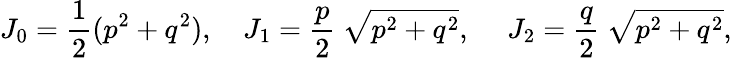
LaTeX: J_{0}=\frac{1}{2}(p^{2}+q^{2}),~~~~J_{1}=\frac{p}{2}~\sqrt{p^{2}+q^{2}},~~~~~J_{2}=\frac{q}{2}~\sqrt{p^{2}+q^{2}},